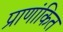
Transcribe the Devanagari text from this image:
प्राणांकित